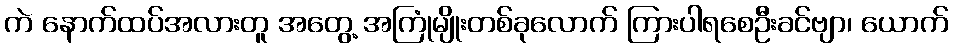
ကဲ နောက်ထပ်အလားတူ အတွေ့ အကြုံမျိုးတစ်ခုလောက် ကြားပါရစေဦးခင်ဗျာ၊ ယောက်